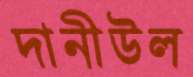
দানীউল